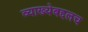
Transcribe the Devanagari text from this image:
व्याख्येबद्दलच